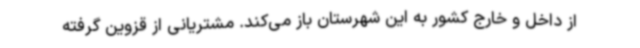
از داخل و خارج کشور به این شهرستان باز می‌کند. مشتریانی از قزوین گرفته